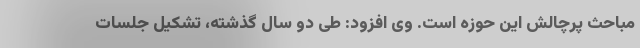
مباحث پرچالش این حوزه است. وی افزود: طی دو سال گذشته، تشکیل جلسات